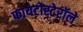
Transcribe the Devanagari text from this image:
फायटोस्टेरॉले